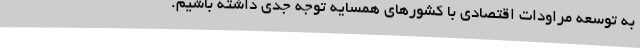
به توسعه مراودات اقتصادی با کشورهای همسایه توجه جدی داشته باشیم.